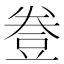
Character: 𧯦